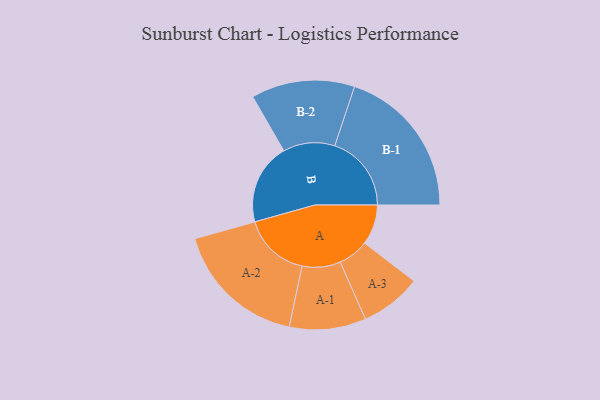
{"axis": {"x": "Segment", "y": "Value"}, "legend": ["", "A", "B"], "data": [{"x": "A", "y": 152, "type": ""}, {"x": "B", "y": 307, "type": ""}, {"x": "A-1", "y": 145, "type": "A"}, {"x": "A-2", "y": 253, "type": "A"}, {"x": "A-3", "y": 116, "type": "A"}, {"x": "B-1", "y": 290, "type": "B"}, {"x": "B-2", "y": 196, "type": "B"}]}